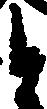
と